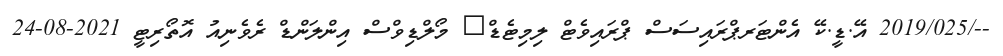
--/2019/025 އޭ.ޑީ.ކޭ އެންޓަރޕްރައިސަސް ޕްރައިވެޓް ލިމިޓެޑް	 މޯލްޑިވްސް އިންލަންޑް ރެވެނިއު އޮތޯރިޓީ 2021-08-24